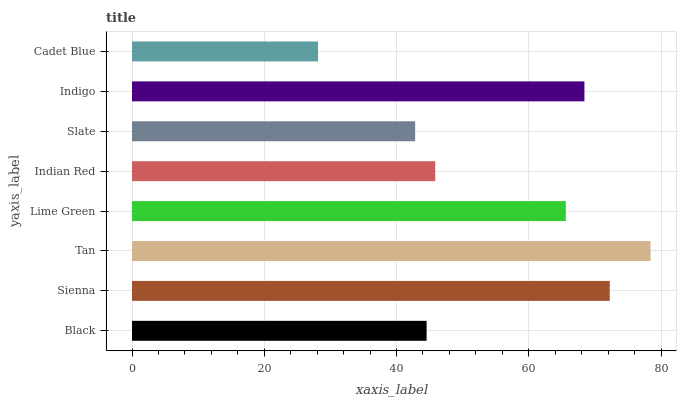
| yaxis_label | bars |
 | --- | --- |
 | Black | 44.5 |
 | Sienna | 72.2 |
 | Tan | 78.4 |
 | Lime Green | 65.6 |
 | Indian Red | 45.8 |
 | Slate | 42.8 |
 | Indigo | 68.4 |
 | Cadet Blue | 28.1 |